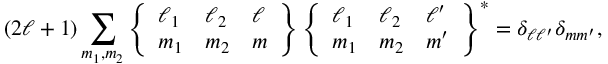
( 2 \ell + 1 ) \sum _ { m _ { 1 } , m _ { 2 } } \left\{ \begin{array} { l l l } { \ell _ { 1 } } & { \ell _ { 2 } } & { \ell } \\ { m _ { 1 } } & { m _ { 2 } } & { m } \end{array} \right\} \left\{ \begin{array} { l l l } { \ell _ { 1 } } & { \ell _ { 2 } } & { \ell ^ { \prime } } \\ { m _ { 1 } } & { m _ { 2 } } & { m ^ { \prime } } \end{array} \right\} ^ { \ast } = \delta _ { \ell \ell ^ { \prime } } \delta _ { m m ^ { \prime } } ,